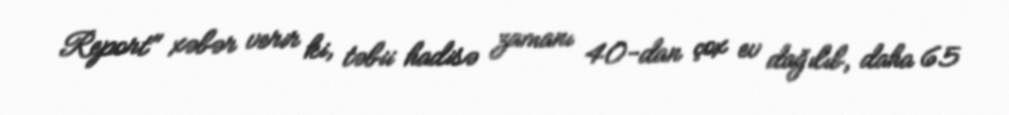
Report" xəbər verir ki, təbii hadisə zamanı 40-dan çox ev dağılıb, daha 65